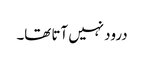
درود نہیں آتا تھا۔